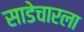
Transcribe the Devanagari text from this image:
साडेचारला